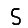
Digit: 5